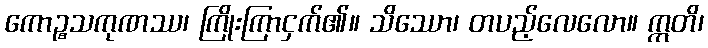
ကောဉ္စသကုဏဿ၊ ကြိုးကြာငှက်၏။ သိဿော၊ တပည့်လေလော။ ဣတိ၊